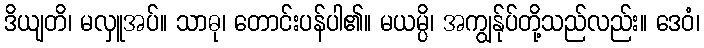
ဒိယျတိ၊ မလှူအပ်။ သာဓု၊ တောင်းပန်ပါ၏။ မယမ္ပိ၊ အကျွန်ုပ်တို့သည်လည်း။ ဒေဝံ၊